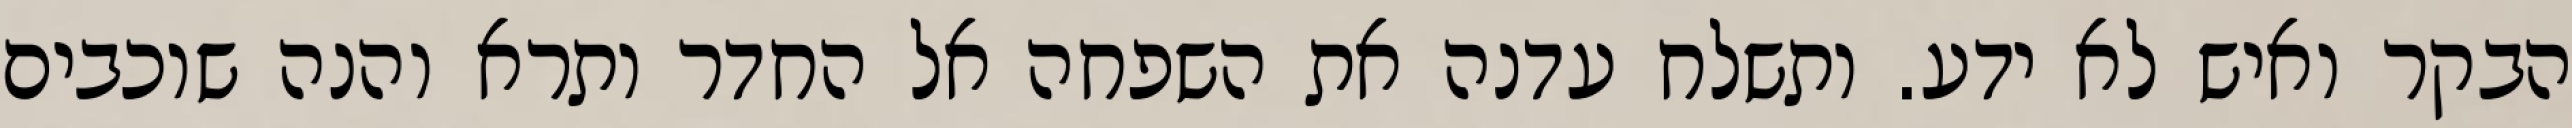
הבקר ואיש לא ידע. ותשלח עדנה את השפחה אל החדר ותרא והנה שוכבים